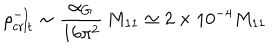
\rho _ { \mathrm { c r i t } } ^ { - 1 } \sim { \frac { \alpha _ { G } } { 1 6 \pi ^ { 2 } } } \, M _ { 1 1 } \simeq 2 \times 1 0 ^ { - 4 } M _ { 1 1 }